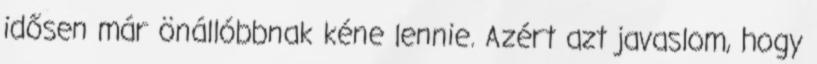
idősen már önállóbbnak kéne lennie. Azért azt javaslom, hogy